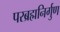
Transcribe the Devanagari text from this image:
परब्रह्मनिर्गुण